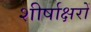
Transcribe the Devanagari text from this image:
शीर्षाक्षरों